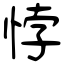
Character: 悖